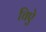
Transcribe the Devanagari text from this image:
चिऐ